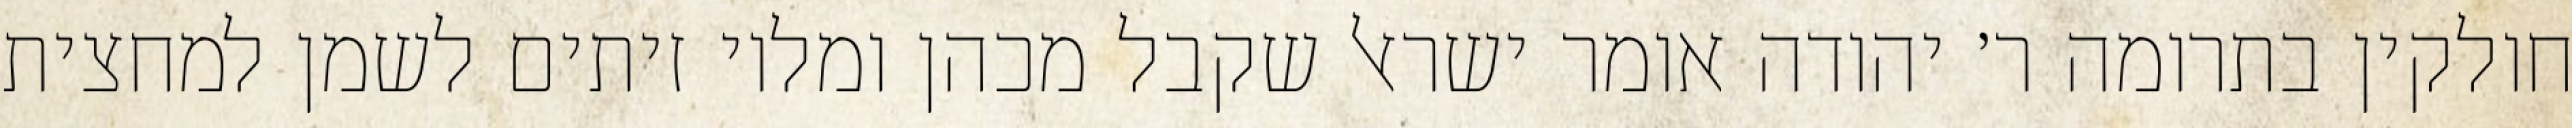
חולקין בתרומה ר׳ יהודה אומר ישראל שקבל מכהן ומלוי זיתים לשמן למחצית